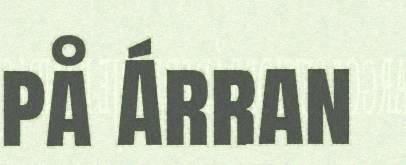
på Árran